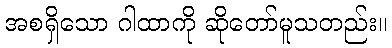
အစရှိသော ဂါထာကို ဆိုတော်မူသတည်း။